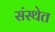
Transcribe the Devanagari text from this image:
संस्‍थेत